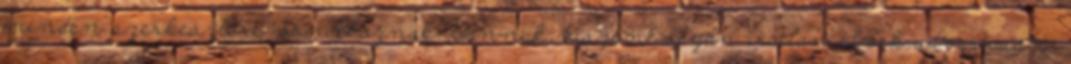
minden szerkesztőre vonatkoznak. Vannak viszont olyan íratlan elvek udvariasság,